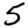
Digit: 5